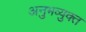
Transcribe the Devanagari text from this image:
अनुभव्युक्त